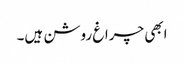
ابھی چراغ روشن ہیں۔